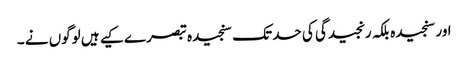
اور سنجیدہ بلکہ رنجیدگی کی حد تک سنجیدہ تبصرے کیے ہیں لوگوں نے ۔